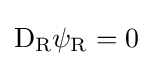
\mathrm {D} _{\rm {R}}\psi _{\rm {R}}=0